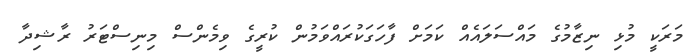
މަރަކީ މުޅި ނިޒާމުގެ މައްސަލައެއް ކަމަށް ފާހަގަކުރައްވަމުން ކުރީގެ ވިމެންސް މިނިސްޓަރު ރާޝިދާ